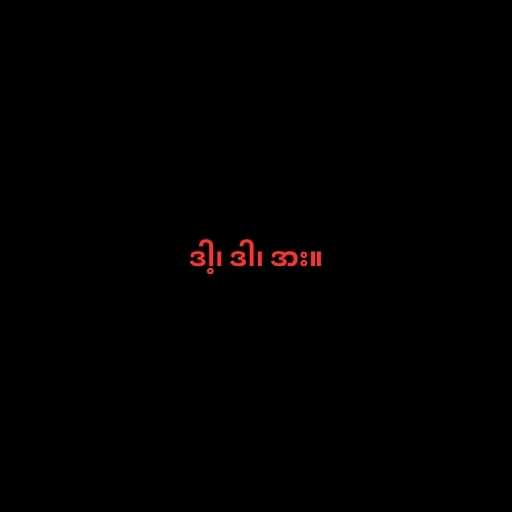
ဒါ့၊ ဒါ၊ ဒား။